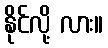
နိုင်လို့ လား။